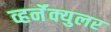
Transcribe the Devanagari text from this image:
व्हर्नॅक्युलर